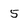
Character: 5